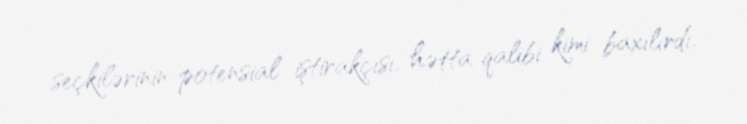
seçkilərinin potensial iştirakçısı, hətta qalibi kimi baxılırdı.